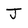
Character: J